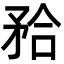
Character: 𭿹